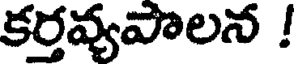
కర్తవ్యపాలన !